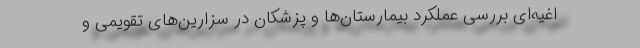
اغیه‌ای بررسی عملکرد بیمارستان‌ها و پزشکان در سزارین‌های تقویمی و